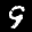
Label: 9